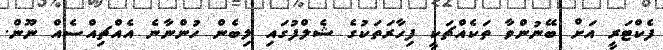
ފެކްޓަރީ އަށް ބޭނުންވާ ތަކެއްޗަކީ ފިހާރަތަކުގެ ޝެލްފުގައި ލިބެން ހުންނާނެ އެއްޗިއްސެއް ނޫން.